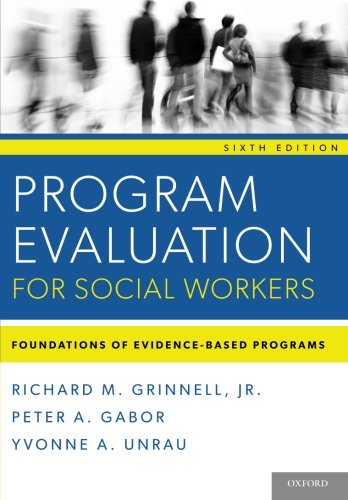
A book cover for Program Evaluation for Social Workers: Foundations of Evidence-Based Programs (6th Edition); Richard M. Grinnell; Politics & Social Sciences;